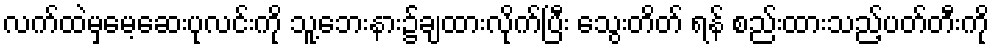
လက်ထဲမှမေ့ဆေးပုလင်းကို သူ့ဘေးနား၌ချထားလိုက်ပြီး သွေးတိတ် ရန် စည်းထားသည့်ပတ်တီးကို